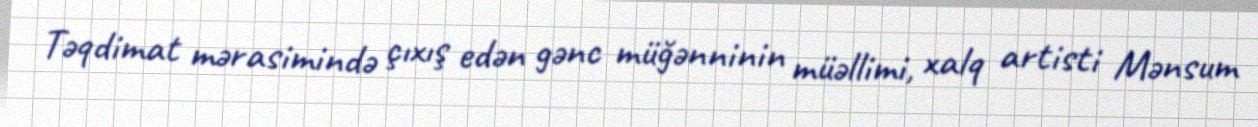
Təqdimat mərasimində çıxış edən gənc müğənninin müəllimi, xalq artisti Mənsum